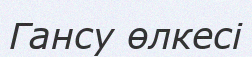
Гансу өлкесі